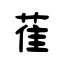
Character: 萑